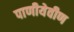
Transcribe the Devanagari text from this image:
पाणीयेवीण